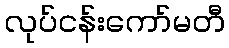
လုပ်ငန်းကော်မတီ